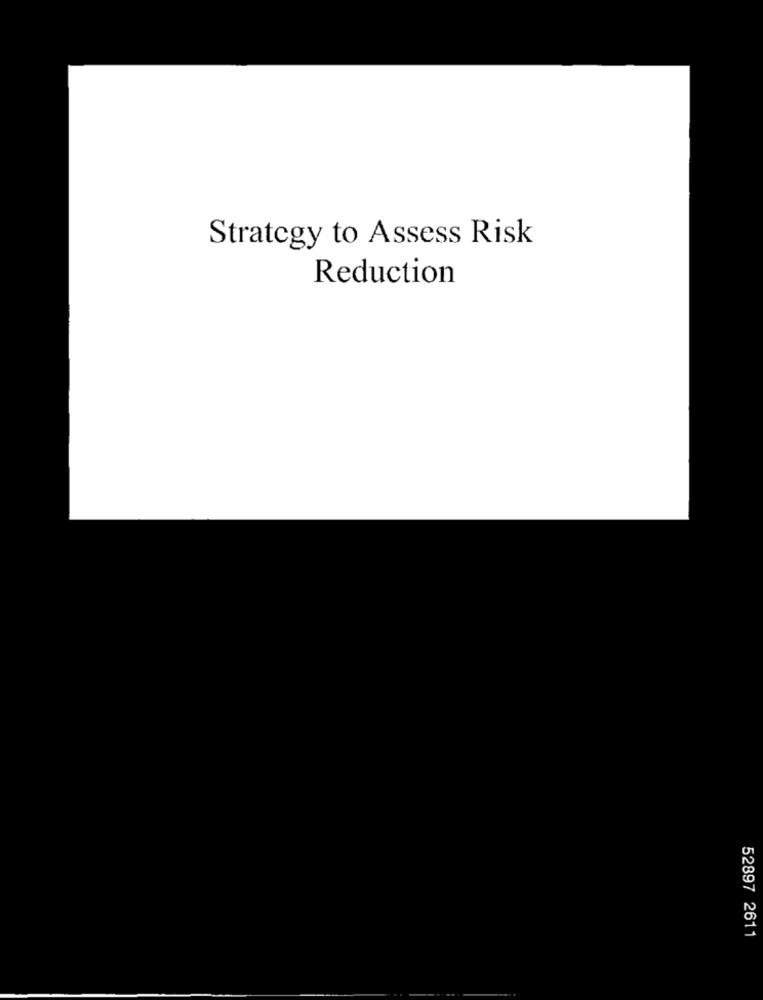
Strategy to Assess Risk
Reduction
52897 2611